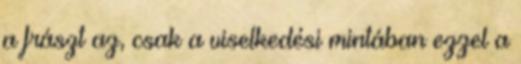
a frászt az, csak a viselkedési mintában ezzel a